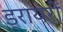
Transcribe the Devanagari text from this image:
ड्रायरों